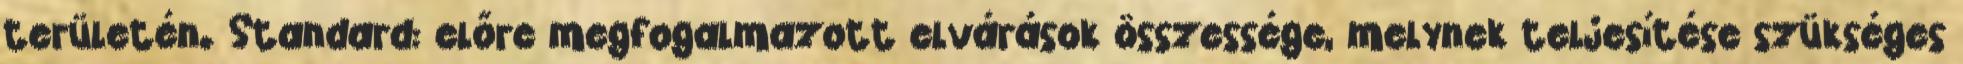
területén. Standard: előre megfogalmazott elvárások összessége, melynek teljesítése szükséges